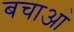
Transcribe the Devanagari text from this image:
बचाआ॓